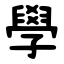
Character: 學